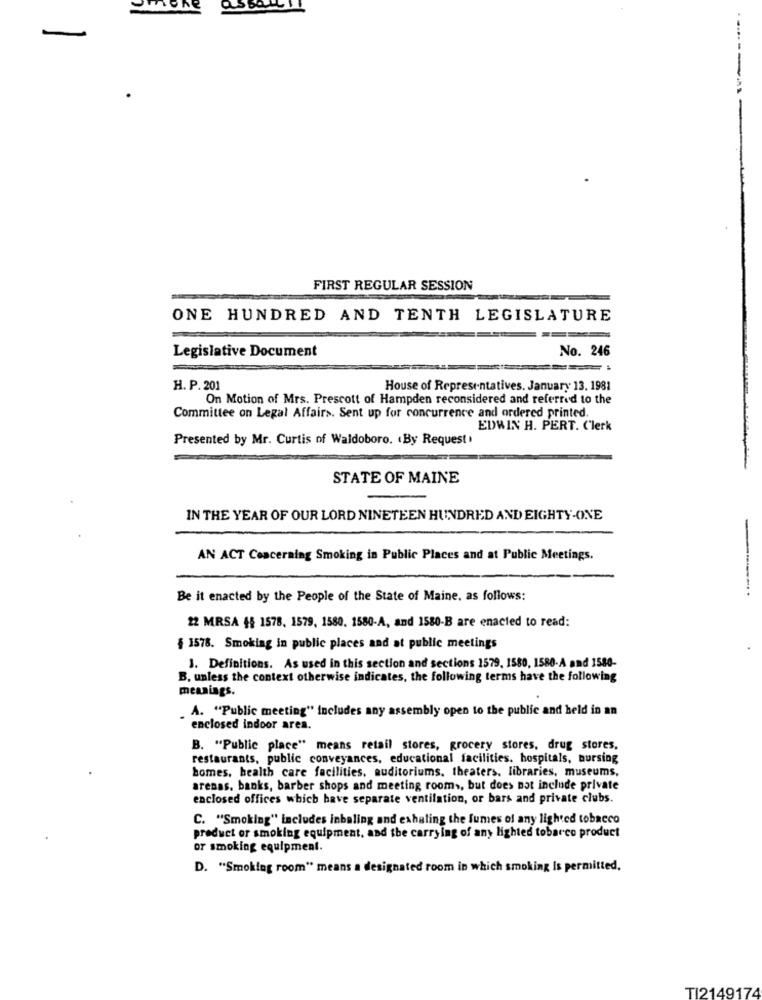
-
------
FIRST REGULAR SESSION
ONE HUNDRED AND TENTH LEGISLATURE
Legislative Document
No. 246
H. P. 201
House of Representatives. January 13. 1981
On Motion of Mrs. Prescott of Hampden reconsidered and referred to the
Committee on Legal Affairs. Sent up for concurrence and ordered printed.
EDWIN H. PERT. Clerk
Presented by Mr. Curtis of Waldoboro. . By Request.
STATE OF MAINE
IN THE YEAR OF OUR LORD NINETEEN HUNDRED AND EIGHTY-ONE
AN ACT Concerning Smoking in Public Places and at Public Meetings.
Be it enacted by the People of the State of Maine, as follows:
22 MRSA §§ 1578, 1579, 1580. 1580-A, and 1580-B are enacted to read:
§ 1578. Smoking in public places and at public meetings
J. Definitions. As used in this section and sections 1579, 1580, 1580- A and 1580-
B. unless the context otherwise indicates, the following terms have the following
meanings.
. A. "Public meeting" includes any assembly open to the public and held in an
enclosed indoor ares.
B. "Public place" means retail stores, grocery stores, drug stores,
restaurants, public conveyances, educational facilities. hospitals, nursing
homes, health care facilities, auditoriums. theaters. libraries, museums,
arenas. banks, barber shops and meeting rooms, but does not include private
enclosed offices which have separate ventilation, or bars and private clubs.
C. "Smoking" includes inbaling and exhaling the fumes of any lighted tobacco
product or smoking equipment, and the carrying of any lighted tobarco product
or smoking equipment.
D. "Smoking room" means a designated room in which smoking Is permitted,
TI2149174